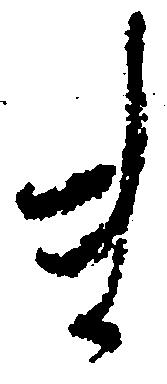
ま